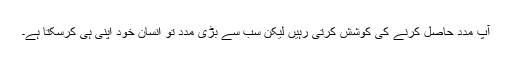
آپ مدد حاصل کرنے کی کوشش کرتی رہیں لیکن سب سے بڑی مدد تو انسان خود اپنی ہی کرسکتا ہے۔